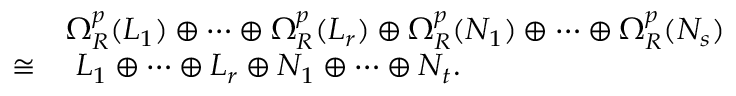
\begin{array} { r l } & { \Omega _ { R } ^ { p } ( L _ { 1 } ) \oplus \cdots \oplus \Omega _ { R } ^ { p } ( L _ { r } ) \oplus \Omega _ { R } ^ { p } ( N _ { 1 } ) \oplus \cdots \oplus \Omega _ { R } ^ { p } ( N _ { s } ) } \\ { \cong } & { \ L _ { 1 } \oplus \cdots \oplus L _ { r } \oplus N _ { 1 } \oplus \cdots \oplus N _ { t } . } \end{array}